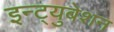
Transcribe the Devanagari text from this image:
इन्ट्युबेशन